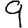
Digit: 9